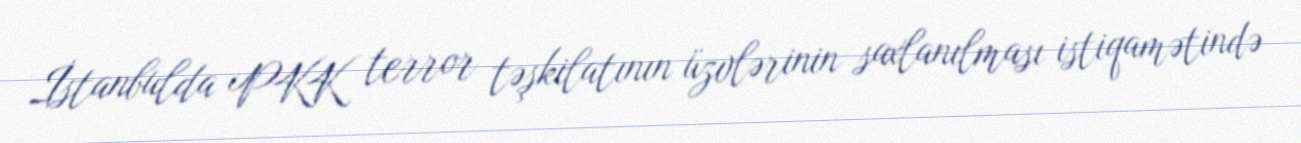
İstanbulda PKK terror təşkilatının üzvlərinin saxlanılması istiqamətində